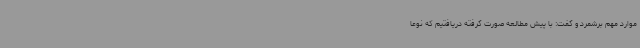
موارد مهم برشمرد و گفت: با پیش مطالعه صورت گرفته دریافتیم که نوعا